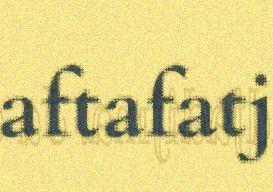
aftafatj